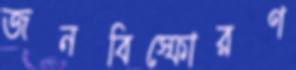
জনবিস্ফোরণ